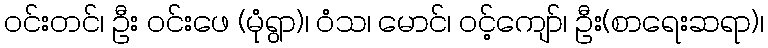
ဝင်းတင်၊ ဦး ဝင်းဖေ (မုံရွာ)၊ ဝံသ၊ မောင်၊ ဝင့်ကျော်၊ ဦး(စာရေးဆရာ)၊